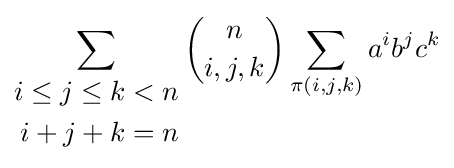
\sum _{\begin{aligned}i\leq j\leq k&<n\\i+j+k&=n\end{aligned}}{\binom {n}{i,j,k}}\sum _{\pi (i,j,k)}a^{i}b^{j}c^{k}